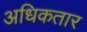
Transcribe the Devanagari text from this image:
अधिकतार